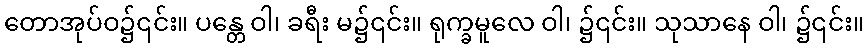
တောအုပ်ဝ၌၎င်း။ ပန္တေ ဝါ၊ ခရီး မ၌၎င်း။ ရုက္ခမူလေ ဝါ၊ ၌၎င်း။ သုသာနေ ဝါ၊ ၌၎င်း။